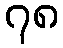
၇၈